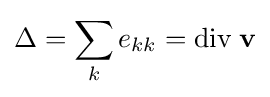
\Delta =\sum _{k}e_{kk}={\text{div}}\;\mathbf {v}